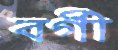
বর্গী